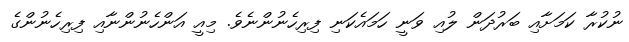
ނުކުރާ ކަމަށާއި ބަރުދަން ލުއި ވަނީ ހަމައެކަނި ފިރިހެނުންނެވެ. މިއީ އަންހެނުންނާއި ފިރިހެނުންގެ